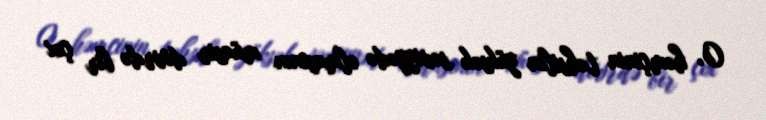
O, həmçinin təhsilin yüksək səviyyədə olmasının müasir dövrdə bir çox